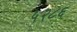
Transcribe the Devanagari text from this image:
५२८६